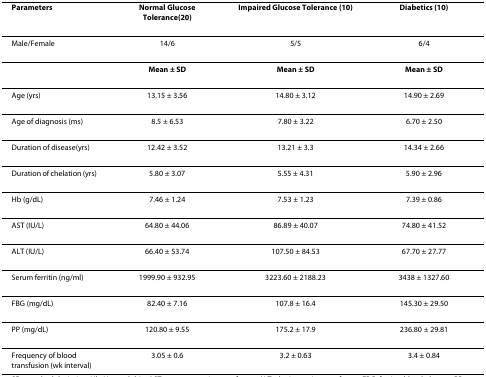
<table><thead><tr><td><b>Parameters</b></td><td><b>Normal Glucose Tolerance(20)</b></td><td><b>Impaired Glucose Tolerance (10)</b></td><td><b>Diabetics (10)</b></td></tr></thead><tbody><tr><td>Male/Female</td><td>14/6</td><td>5/5</td><td>6/4</td></tr><tr><td>[EMPTY_CELL]</td><td><b>Mean ± SD</b></td><td><b>Mean ± SD</b></td><td><b>Mean ± SD</b></td></tr><tr><td>Age (yrs)</td><td>13.15 ± 3.56</td><td>14.80 ± 3.12</td><td>14.90 ± 2.69</td></tr><tr><td>Age of diagnosis (ms)</td><td>8.5 ± 6.53</td><td>7.80 ± 3.22</td><td>6.70 ± 2.50</td></tr><tr><td>Duration of disease(yrs)</td><td>12.42 ± 3.52</td><td>13.21 ± 3.3</td><td>14.34 ± 2.66</td></tr><tr><td>Duration of chelation (yrs)</td><td>5.80 ± 3.07</td><td>5.55 ± 4.31</td><td>5.90 ± 2.96</td></tr><tr><td>Hb (g/dL)</td><td>7.46 ± 1.24</td><td>7.53 ± 1.23</td><td>7.39 ± 0.86</td></tr><tr><td>AST (IU/L)</td><td>64.80 ± 44.06</td><td>86.89 ± 40.07</td><td>74.80 ± 41.52</td></tr><tr><td>ALT (IU/L)</td><td>66.40 ± 53.74</td><td>107.50 ± 84.53</td><td>67.70 ± 27.77</td></tr><tr><td>Serum ferritin (ng/ml)</td><td>1999.90 ± 932.95</td><td>3223.60 ± 2188.23</td><td>3438 ± 1327.60</td></tr><tr><td>FBG (mg/dL)</td><td>82.40 ± 7.16</td><td>107.8 ± 16.4</td><td>145.30 ± 29.50</td></tr><tr><td>PP (mg/dL)</td><td>120.80 ± 9.55</td><td>175.2 ± 17.9</td><td>236.80 ± 29.81</td></tr><tr><td>Frequency of blood transfusion (wk interval)</td><td>3.05 ± 0.6</td><td>3.2 ± 0.63</td><td>3.4 ± 0.84</td></tr></tbody></table>